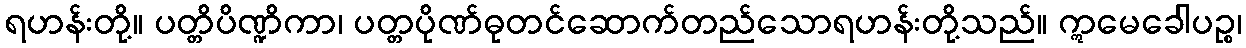
ရဟန်းတို့။ ပတ္တိပိဏ္ဍိကာ၊ ပတ္တပိုဏ်ဓုတင်ဆောက်တည်သောရဟန်းတို့သည်။ ဣမေခေါပဉ္စ၊